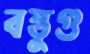
বস্তুগু